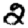
Digit: 2